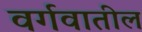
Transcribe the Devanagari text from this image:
वर्गवातील